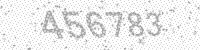
Solution: 456783